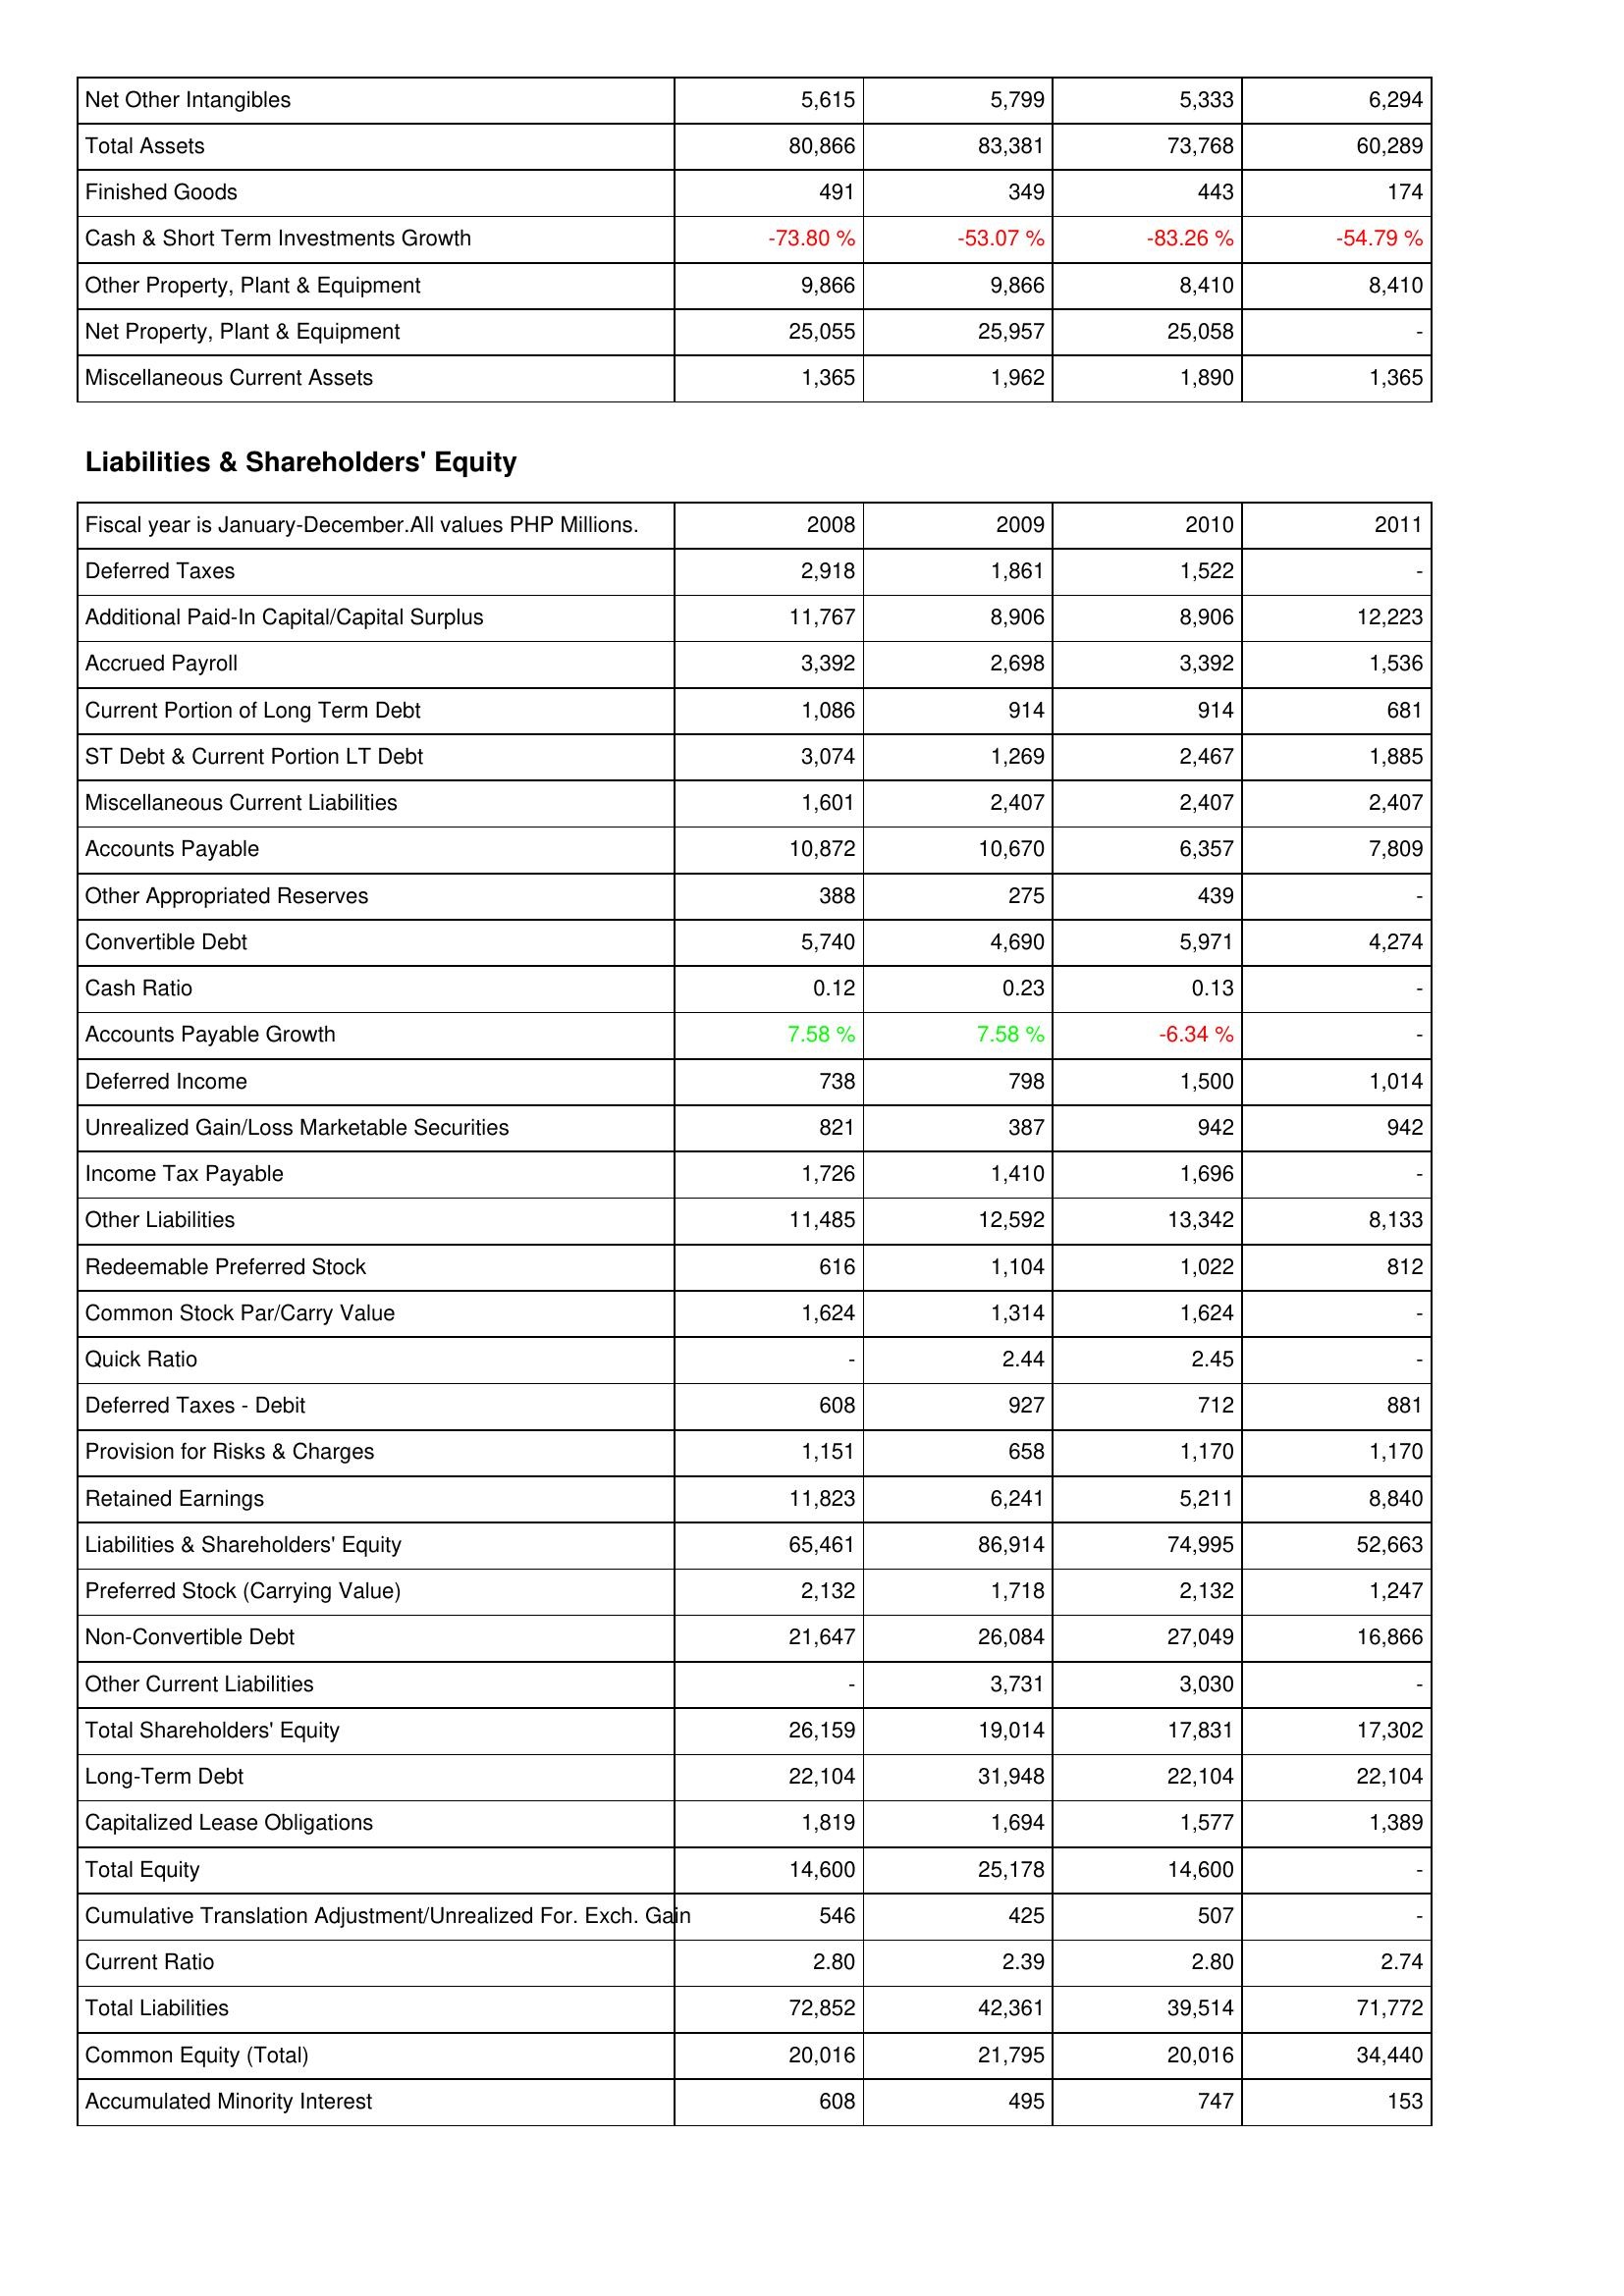
2008: Assets: Net Other Intangibles: 5,615
Total Assets: 80,866
Finished Goods: 491
Cash & Short Term Investments Growth: -73.80 %
Other Property, Plant & Equipment: 9,866
Net Property, Plant & Equipment: 25,055
Miscellaneous Current Assets: 1,365
Liabilities & Shareholders' Equity: Deferred Taxes: 2,918
Additional Paid-In Capital/Capital Surplus: 11,767
Accrued Payroll: 3,392
Current Portion of Long Term Debt: 1,086
ST Debt & Current Portion LT Debt: 3,074
Miscellaneous Current Liabilities: 1,601
Accounts Payable: 10,872
Other Appropriated Reserves: 388
Convertible Debt: 5,740
Cash Ratio: 0.12
Accounts Payable Growth: 7.58 %
Deferred Income: 738
Unrealized Gain/Loss Marketable Securities: 821
Income Tax Payable: 1,726
Other Liabilities: 11,485
Redeemable Preferred Stock: 616
Common Stock Par/Carry Value: 1,624
Quick Ratio: -
Deferred Taxes - Debit: 608
Provision for Risks & Charges: 1,151
Retained Earnings: 11,823
Liabilities & Shareholders' Equity: 65,461
Preferred Stock (Carrying Value): 2,132
Non-Convertible Debt: 21,647
Other Current Liabilities: -
Total Shareholders' Equity: 26,159
Long-Term Debt: 22,104
Capitalized Lease Obligations: 1,819
Total Equity: 14,600
Cumulative Translation Adjustment/Unrealized For. Exch. Gain: 546
Current Ratio: 2.80
Total Liabilities: 72,852
Common Equity (Total): 20,016
Accumulated Minority Interest: 608
2009: Assets: Net Other Intangibles: 5,799
Total Assets: 83,381
Finished Goods: 349
Cash & Short Term Investments Growth: -53.07 %
Other Property, Plant & Equipment: 9,866
Net Property, Plant & Equipment: 25,957
Miscellaneous Current Assets: 1,962
Liabilities & Shareholders' Equity: Deferred Taxes: 1,861
Additional Paid-In Capital/Capital Surplus: 8,906
Accrued Payroll: 2,698
Current Portion of Long Term Debt: 914
ST Debt & Current Portion LT Debt: 1,269
Miscellaneous Current Liabilities: 2,407
Accounts Payable: 10,670
Other Appropriated Reserves: 275
Convertible Debt: 4,690
Cash Ratio: 0.23
Accounts Payable Growth: 7.58 %
Deferred Income: 798
Unrealized Gain/Loss Marketable Securities: 387
Income Tax Payable: 1,410
Other Liabilities: 12,592
Redeemable Preferred Stock: 1,104
Common Stock Par/Carry Value: 1,314
Quick Ratio: 2.44
Deferred Taxes - Debit: 927
Provision for Risks & Charges: 658
Retained Earnings: 6,241
Liabilities & Shareholders' Equity: 86,914
Preferred Stock (Carrying Value): 1,718
Non-Convertible Debt: 26,084
Other Current Liabilities: 3,731
Total Shareholders' Equity: 19,014
Long-Term Debt: 31,948
Capitalized Lease Obligations: 1,694
Total Equity: 25,178
Cumulative Translation Adjustment/Unrealized For. Exch. Gain: 425
Current Ratio: 2.39
Total Liabilities: 42,361
Common Equity (Total): 21,795
Accumulated Minority Interest: 495
2010: Assets: Net Other Intangibles: 5,333
Total Assets: 73,768
Finished Goods: 443
Cash & Short Term Investments Growth: -83.26 %
Other Property, Plant & Equipment: 8,410
Net Property, Plant & Equipment: 25,058
Miscellaneous Current Assets: 1,890
Liabilities & Shareholders' Equity: Deferred Taxes: 1,522
Additional Paid-In Capital/Capital Surplus: 8,906
Accrued Payroll: 3,392
Current Portion of Long Term Debt: 914
ST Debt & Current Portion LT Debt: 2,467
Miscellaneous Current Liabilities: 2,407
Accounts Payable: 6,357
Other Appropriated Reserves: 439
Convertible Debt: 5,971
Cash Ratio: 0.13
Accounts Payable Growth: -6.34 %
Deferred Income: 1,500
Unrealized Gain/Loss Marketable Securities: 942
Income Tax Payable: 1,696
Other Liabilities: 13,342
Redeemable Preferred Stock: 1,022
Common Stock Par/Carry Value: 1,624
Quick Ratio: 2.45
Deferred Taxes - Debit: 712
Provision for Risks & Charges: 1,170
Retained Earnings: 5,211
Liabilities & Shareholders' Equity: 74,995
Preferred Stock (Carrying Value): 2,132
Non-Convertible Debt: 27,049
Other Current Liabilities: 3,030
Total Shareholders' Equity: 17,831
Long-Term Debt: 22,104
Capitalized Lease Obligations: 1,577
Total Equity: 14,600
Cumulative Translation Adjustment/Unrealized For. Exch. Gain: 507
Current Ratio: 2.80
Total Liabilities: 39,514
Common Equity (Total): 20,016
Accumulated Minority Interest: 747
2011: Assets: Net Other Intangibles: 6,294
Total Assets: 60,289
Finished Goods: 174
Cash & Short Term Investments Growth: -54.79 %
Other Property, Plant & Equipment: 8,410
Net Property, Plant & Equipment: -
Miscellaneous Current Assets: 1,365
Liabilities & Shareholders' Equity: Deferred Taxes: -
Additional Paid-In Capital/Capital Surplus: 12,223
Accrued Payroll: 1,536
Current Portion of Long Term Debt: 681
ST Debt & Current Portion LT Debt: 1,885
Miscellaneous Current Liabilities: 2,407
Accounts Payable: 7,809
Other Appropriated Reserves: -
Convertible Debt: 4,274
Cash Ratio: -
Accounts Payable Growth: -
Deferred Income: 1,014
Unrealized Gain/Loss Marketable Securities: 942
Income Tax Payable: -
Other Liabilities: 8,133
Redeemable Preferred Stock: 812
Common Stock Par/Carry Value: -
Quick Ratio: -
Deferred Taxes - Debit: 881
Provision for Risks & Charges: 1,170
Retained Earnings: 8,840
Liabilities & Shareholders' Equity: 52,663
Preferred Stock (Carrying Value): 1,247
Non-Convertible Debt: 16,866
Other Current Liabilities: -
Total Shareholders' Equity: 17,302
Long-Term Debt: 22,104
Capitalized Lease Obligations: 1,389
Total Equity: -
Cumulative Translation Adjustment/Unrealized For. Exch. Gain: -
Current Ratio: 2.74
Total Liabilities: 71,772
Common Equity (Total): 34,440
Accumulated Minority Interest: 153